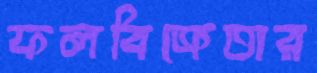
ফলবিক্রেতার